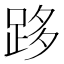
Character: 跢